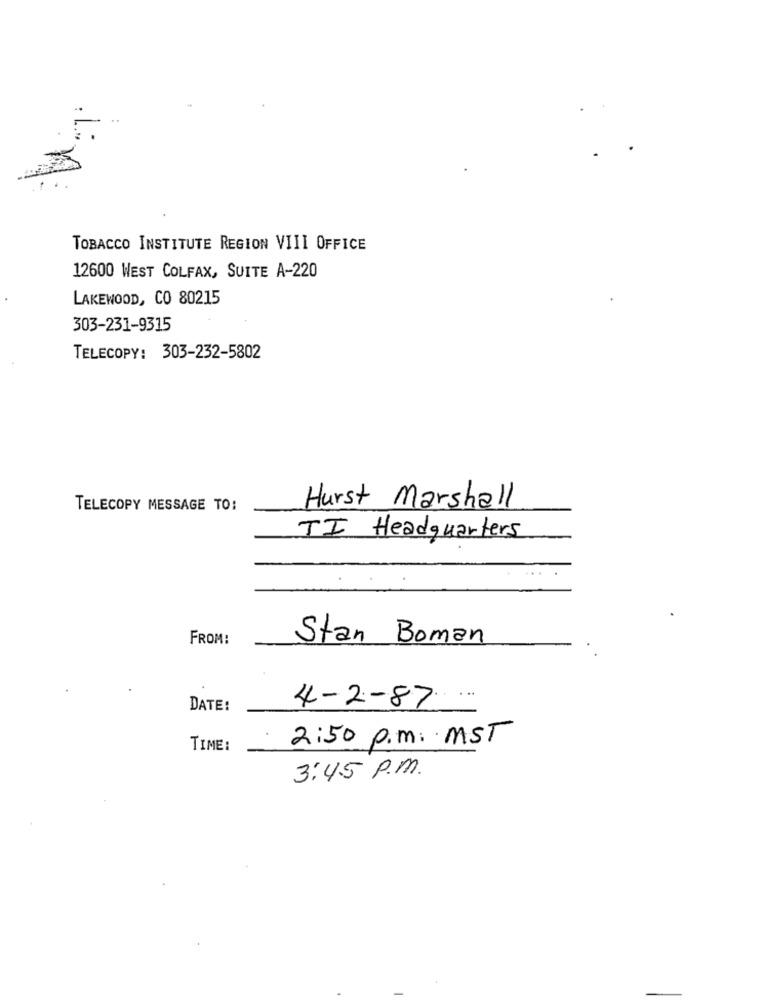
.
TOBACCO INSTITUTE REGION VIII OFFICE
12600 WEST COLFAX, SUITE A-220
LAKEWOOD, CO 80215
303-231-9315
TELECOPY: 303-232-5802
TELECOPY MESSAGE TO:
Hurst Marshall
TI Headquarters
FROM:
Stan Boman
...
DATE:
4-2-87
2:50 p.m. MST
TIME:
3:45 p.m.